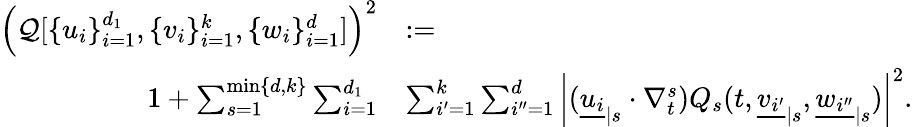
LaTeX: \begin{array}{rl}{\left(\mathcal{Q}[\{ u_{i}\} _{i=1}^{d_{1}},\{ v_{i}\} _{i=1}^{k},\{ w_{i}\} _{i=1}^{d}]\right)^{2}}&{:=}\\ {1+\sum_{s=1}^{\operatorname*{min}\{ d,k\} }\sum_{i=1}^{d_{1}}}&{\sum_{i^{\prime}=1}^{k}\sum_{i^{\prime\prime}=1}^{d}\left|({\underline{{u_{i}}}}_{|s}\cdot\nabla_{t}^{s})Q_{s}(t,{\underline{{v_{i^{\prime}}}}}_{|s},{\underline{{w_{i^{\prime\prime}}}}}_{|s})\right|^{2}.}\end{array}